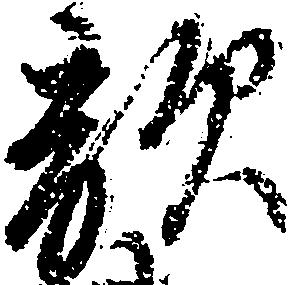
敵